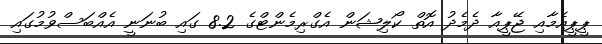
ޕީޕީއެމާއި ޖޭޕީއާ ދެމެދު އޮތް ކޯލިޝަން އެގްރިމެންޓްގެ 8.2 ގައި ބުނަނީ އެއްބަސްވުމުގައި